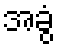
အခွံ